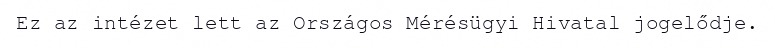
Ez az intézet lett az Országos Mérésügyi Hivatal jogelődje.